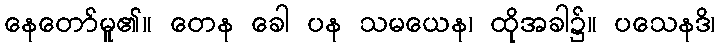
နေတော်မူ၏။ တေန ခေါ ပန သမယေန၊ ထိုအခါ၌။ ပသေနဒိ၊